Development of the parasite of Indian kala azar - Number 53
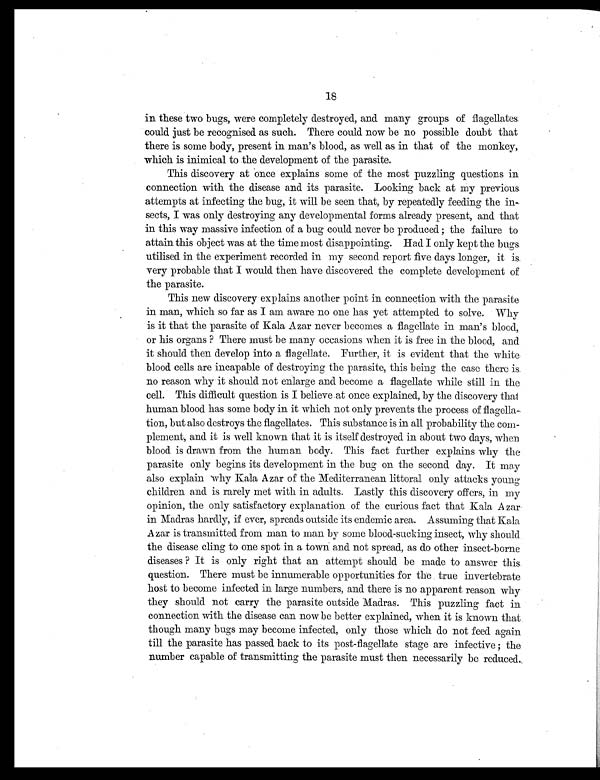
18
in these two bugs, were completely destroyed, and many groups of flagellates
could just be recognised as such. There could. now be no possible doubt that
there is some body, present in man's blood, as well as in that of the monkey,
which is inimical to the development of the parasite.
This discovery at once explains some of the most puzzling questions in
connection with the disease and its parasite. Looking back at my previous.
attempts at infecting the bug, it will be seen that, by repeatedly feeding the in-
sects, I was only destroying any developmental forms already present, and that
in this way massive infection of a bug could never be produced ; the failure to
attain this object was at the time most disappointing. Had I only kept the bugs.
utilised. in the experiment recorded in my second report five days longer, it is.
very probable that I would then have discovered the complete development of
the parasite.
This new discovery explains another point in connection with the parasite
in man, which so far as I am aware no one has yet attempted to solve. Why
is it that the parasite of Kala Azar never becomes a flagellate in man's blood,
or his organs ? There must be many occasions when it is free in the blood, and
it should then develop into a flagellate. Further, it is evident that the white
blood cells are incapable of destroying the parasite, this being the case there is
no reason why it should not enlarge and become a flagellate while still in the
cell. This difficult question is I believe at once explained, by the discovery thai
human blood has some body in it which not only prevents the process of flagella-
tion, but also destroys the flagellates. This substance is in all probability the com-
plement, and it is well known that it is itself destroyed in about two days, when
blood is drawn from the human body. This fact further explains why the
parasite only begins its development in the bug on the second day. It may
also explain why Kala Azar of the Mediterranean littoral only attacks young
children and is rarely met with in adults. Lastly this discovery offers, in my
opinion, the only satisfactory explanation of the curious fact that Kala Azar
in Madras hardly, if ever, spreads outside its endemic area. Assuming that Kala
Azar is transmitted from man to man by some blood-sucking insect, why should
the disease cling to one spot in a town and not spread, as do other insect-borne
diseases ? It is only right that an attempt should be made to answer this
question. There must be innumerable opportunities for the true invertebrate
host to become infected in large numbers, and there is no apparent reason why
they should not carry the parasite outside Madras. This puzzling fact in
connection with the disease can now be better explained, when it is known that.
though many bugs may become infected, only those which do not feed again
till the parasite has passed back to its post-flagellate stage are infective ; the
number capable of transmitting the parasite must then necessarily be reduced.